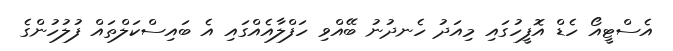
އެސްޓީއޯ ހެޑް އޮފީހުގައި މިއަދު ހެނދުނު ބޭއްވި ހަފްލާއެއްގައި އެ ބައިސްކަލްތައް ފުލުހުންގެ